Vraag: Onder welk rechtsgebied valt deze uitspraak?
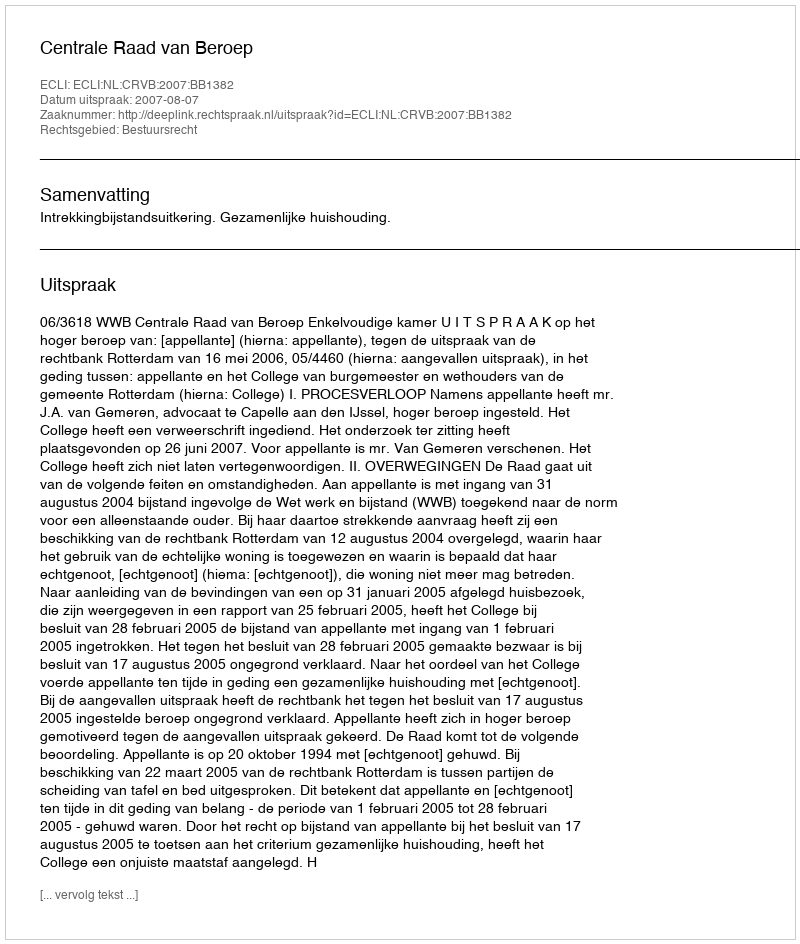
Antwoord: Bestuursrecht